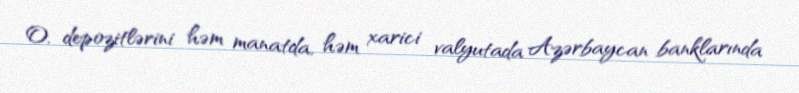
O, depozitlərini həm manatda, həm xarici valyutada Azərbaycan banklarında